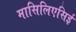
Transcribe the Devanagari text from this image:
मासिलिएसिई